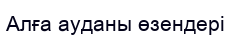
Алға ауданы өзендері